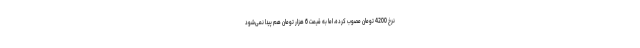
نرخ 4200 تومان مصوب کرده، اما به قیمت 6 هزار تومان هم پیدا نمی‌شود